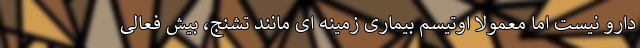
دارو نیست اما معمولا اوتیسم بیماری زمینه ای مانند تشنج، بیش فعالی